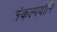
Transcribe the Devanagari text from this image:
संकल्पयोनि